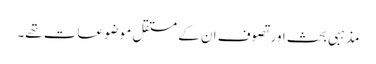
مذہبی بحث اور تصوف ان کے مستقل موضوعات تھے۔